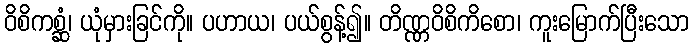
ဝိစိကစ္ဆံ၊ ယုံမှားခြင်ကို။ ပဟာယ၊ ပယ်စွန့်၍။ တိဏ္ဏဝိစိကိစော၊ ကူးမြောက်ပြီးသော